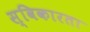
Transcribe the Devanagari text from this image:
स्विकारता